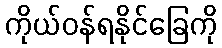
ကိုယ်ဝန်ရနိုင်ခြေကို